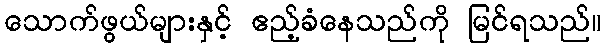
သောက်ဖွယ်များနှင့် ဧည့်ခံနေသည်ကို မြင်ရသည်။